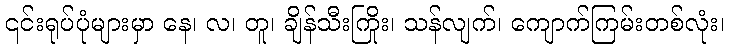
၎င်းရုပ်ပုံများမှာ နေ၊ လ၊ တူ၊ ချိန်သီးကြိုး၊ သန်လျက်၊ ကျောက်ကြမ်းတစ်လုံး၊